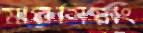
মারসিয়াং